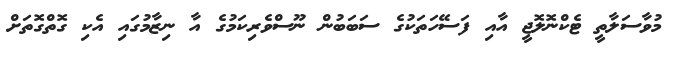
މުވާސަލާތީ ޓެކްނޮލޮޖީ އާއި ފަސޭހަތަކުގެ ސަބަބުން ނޫސްވެރިކަމުގެ އާ ނިޒާމުގައި އެކި ގޮތްގޮތަށް